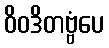
ဝိဝဒိတဗ္ဗံပေ